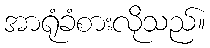
အာရုံခံစားလိုသည်။